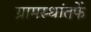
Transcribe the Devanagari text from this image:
ग्रामस्थांतर्फे